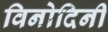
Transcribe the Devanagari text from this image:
विनोदिनी